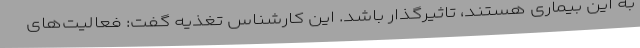
به این بیماری هستند، تاثیرگذار باشد. این کارشناس تغذیه گفت: فعالیت‌های